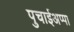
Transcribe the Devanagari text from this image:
पुचाईअप्पा